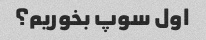
اول سوپ بخوریم؟